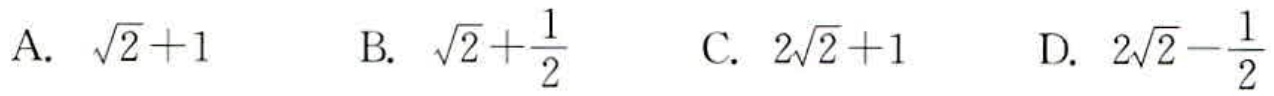
A. $\sqrt{2}+1$  B. $\sqrt{2}+\frac{1}{2}$  C. $2\sqrt{2}+1$  D. $2\sqrt{2}-\frac{1}{2}$